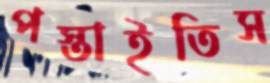
পস্তাইতিস